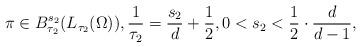
LaTeX: \begin{align*}\pi\in B^{s_2}_{\tau_2}(L_{\tau_2}(\Omega)),\frac{1}{\tau_2}=\frac{s_2}{d}+\frac{1}{2},0<s_2< \frac{1}{2}\cdot\frac{d}{d-1},\end{align*}